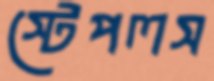
স্টেপলস